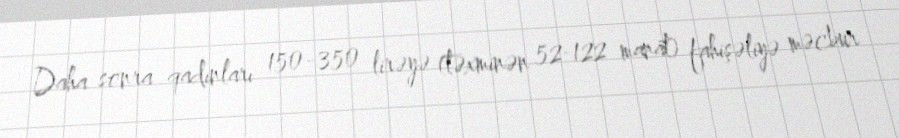
Daha sonra qadınları 150-350 lirəyə (təxminən 52-122 manat) fahişəliyə məcbur